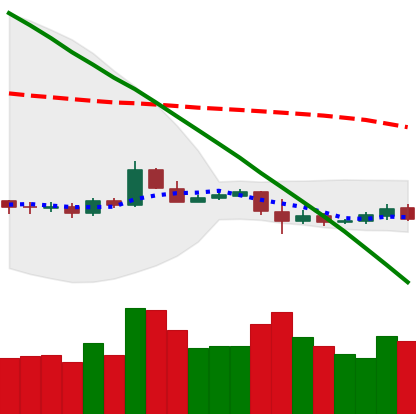
Ticker: ETC-USD
Chart end date: 2019-10-22
Forward return: 7.169%
Label: up_7plus